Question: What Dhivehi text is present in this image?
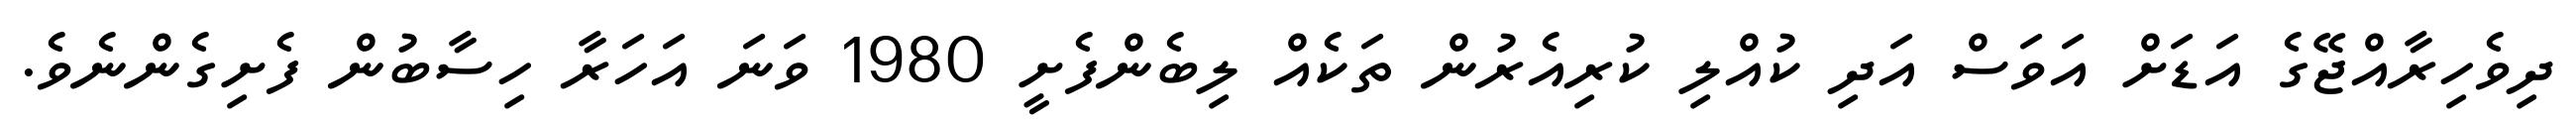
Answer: ދިވެހިރާއްޖޭގެ އަޑަށް އަވަސް އަދި ކުއްލި ކުރިއެރުން ތަކެއް ލިބެންފެށީ 1980 ވަނަ އަހަރާ ހިސާބުން ފެށިގެންނެވެ.